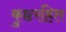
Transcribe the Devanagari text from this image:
कुष्ठरहित